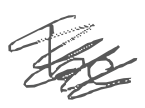
Text: be
Cross-out: scratch
Writing tool: digital_gray